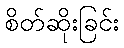
စိတ်ဆိုးခြင်း